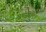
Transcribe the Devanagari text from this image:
ब्राज़ील।